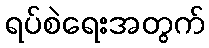
ရပ်စဲရေးအတွက်